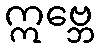
ဣဗ္ဘေ